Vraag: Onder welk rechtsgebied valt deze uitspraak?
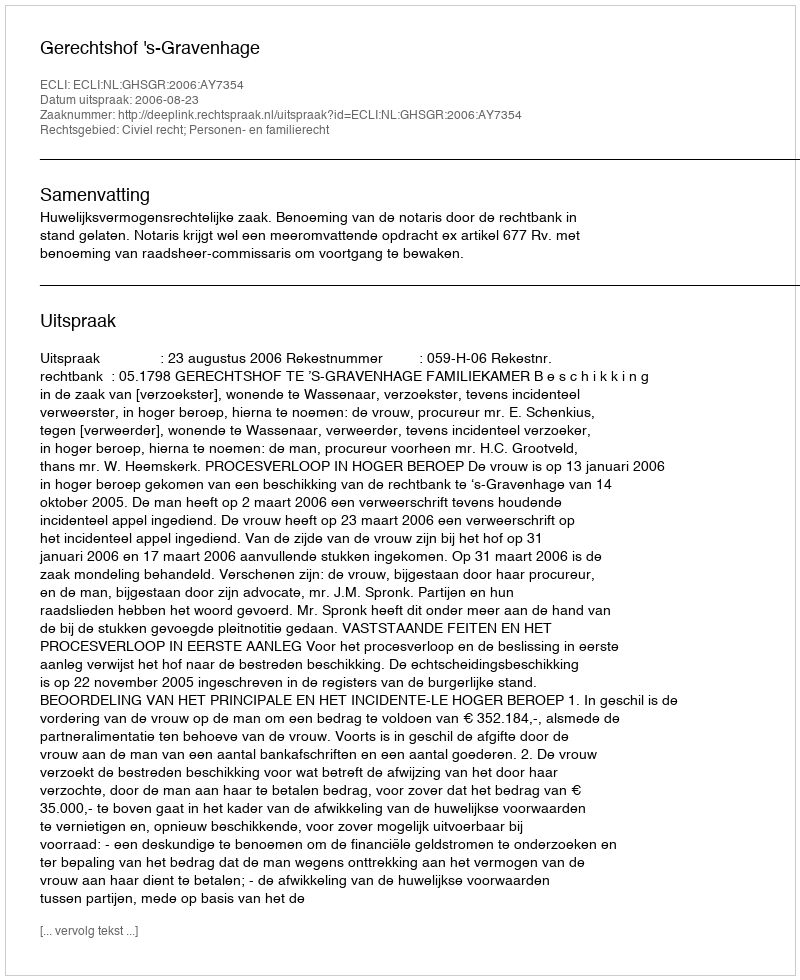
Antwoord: Civiel recht; Personen- en familierecht